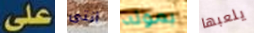
على انتى بموته يلعبها